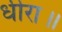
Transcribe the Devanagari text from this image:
धीरा॥